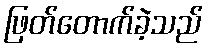
ဖြတ်တောက်ခဲ့သည်